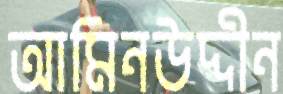
আমিনউদ্দীন